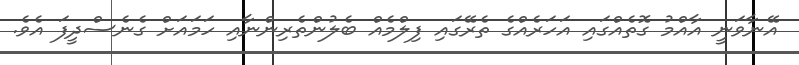
އޭނާވަނީ އާއްމު ގޮތެއްގައި އަހަރެއްގެ ތެރޭގައި ފިލްމެއް ބެލުންތެރިންނާއި ހަމައަށް ގެނެސްދީފަ އެވެ.